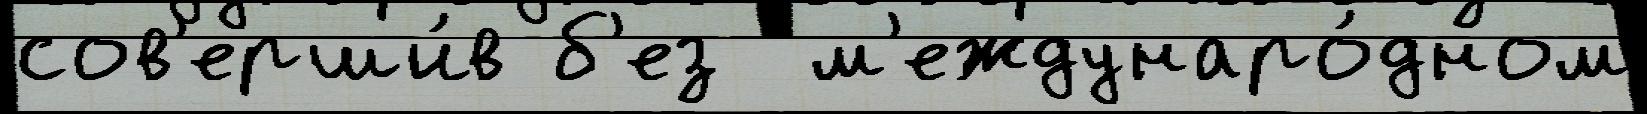
сов'ерши́в б'ез  м'еждунаро́дном